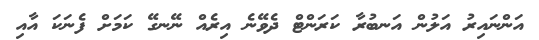
އަންނައިރު އަލުން އަނބުރާ ކަރަންޓް ދެވޭނެ އިރެއް ނޭނގޭ ކަމަށް ފެނަކަ އާއި